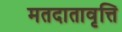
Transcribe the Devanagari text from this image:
मतदातावृत्ति